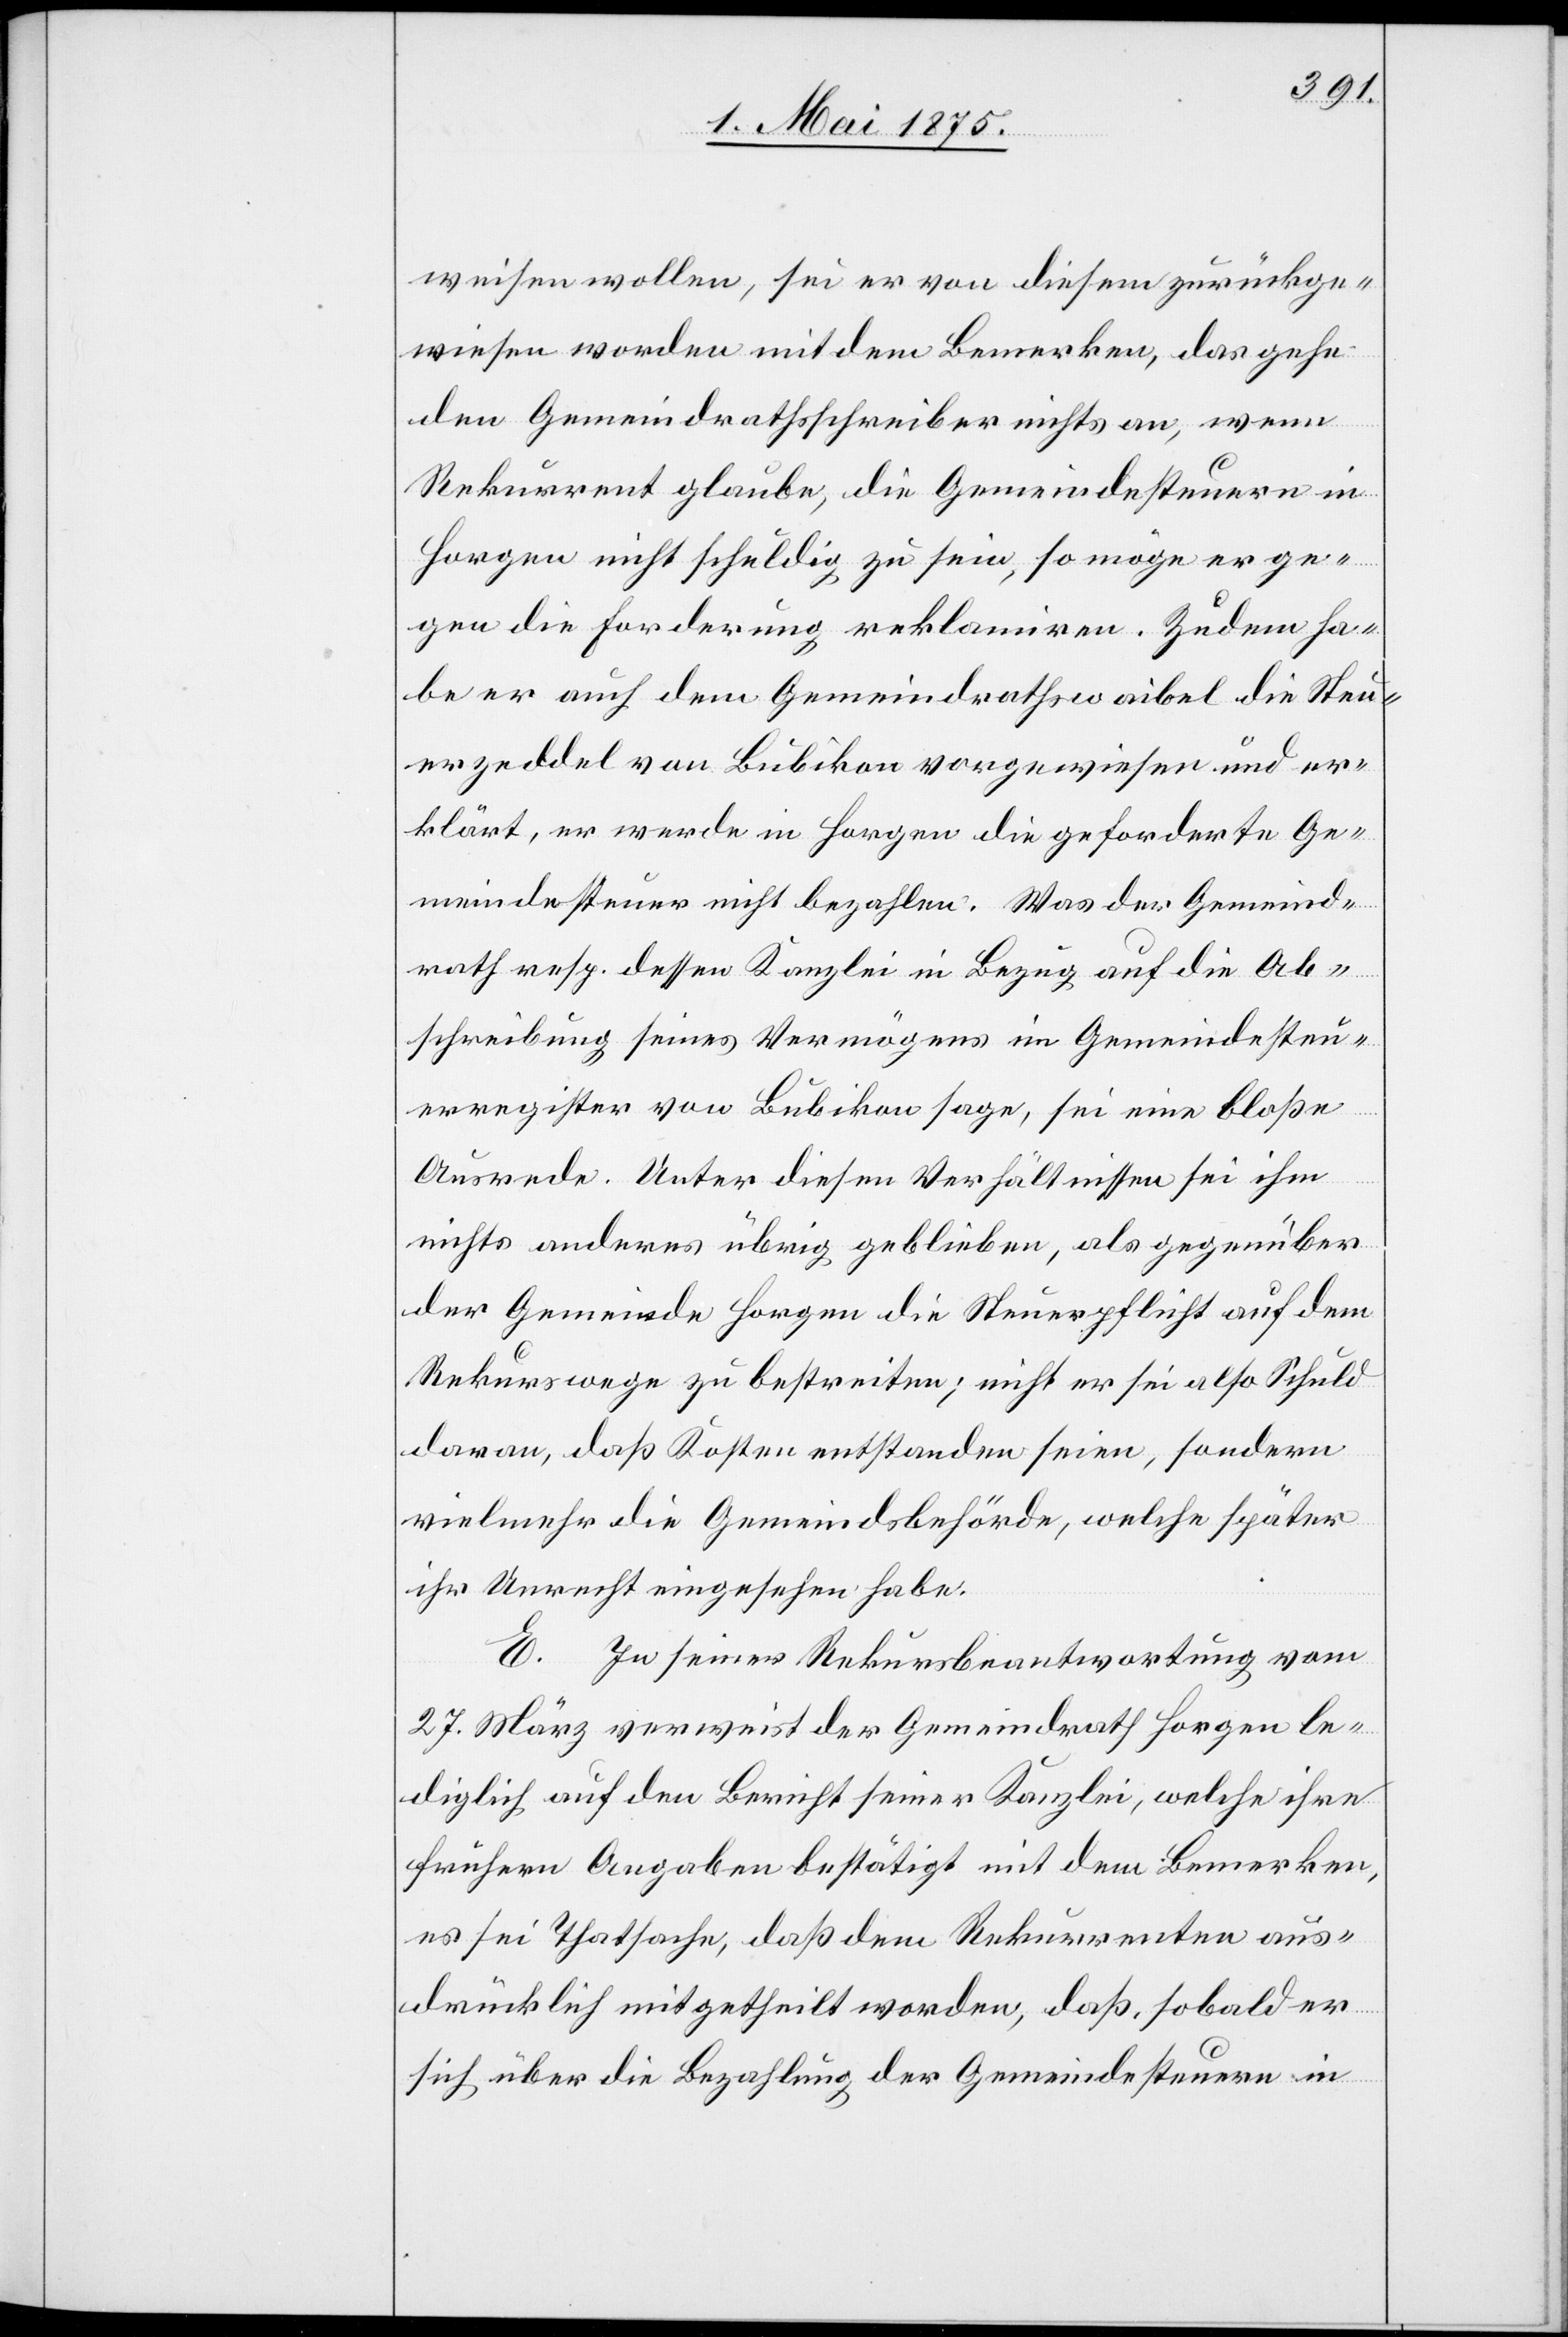
weisen wollen, sei er diesem zurückge¬
wiesen worden mit dem bemerken, das gehe
dem Gemeindrahtsschreiber nichts an, wenn
Rekurrent glaube, die Gemeindesteuern in
Horgen nicht schuldig zu sein, so möge er ge¬
gen die Forderung reklamiren. Zudem ha¬
be er auch dem Gemeindrathsweibel die Steu¬
erzeddel von Bubikon vorgewiesen und er¬
klärt, er werde in Horgen die geforderte Ge¬
meindesteuer nicht bezahlen. Was der Gemeind¬
rath resp. dessen Kanzlei in Bezug auf die Ab¬
schreibung seines Vermögens in Gemeindesteu¬
erregister von Bubikon sage, sei eine bloße
Ausrede. unter diesen Verhältnissen sei ihm
nichts anderes übrig geblieben als gegenüber
der Gemeinde Horgen die Steuerpflicht auf dem
Rekurswege zu bestreiten; nicht er sei also Schuld
daran, daß Kosten entstanden seien, sondern
vielmehr die Gemeindsbehörde, welche später
ihr Unrecht eingesehen habe.
E. In seiner Rekursbeantwortung vom
27. März verweist der Gemeindrath Horgen le¬
diglich auf den Bericht seiner Kanzlei, welche ihre
frühern Angaben bestätigt mit dem Bemerken,
es sei Thatsache, daß dem Rekurrenten aus¬
drücklich mitgetheilt worden, daß, sobald er
sich über die Bezahlung der Gemeindesteuern in